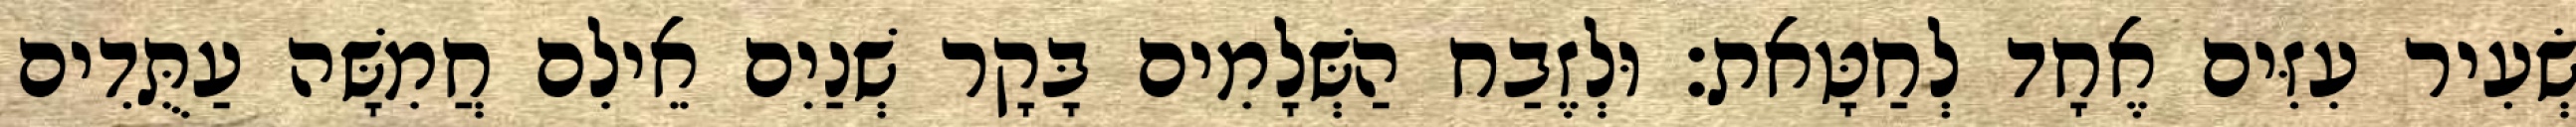
שְׂעִיר עִזִּים אֶחָד לְחַטָּאת׃ וּלְזֶבַח הַשְּׁלָמִים בָּקָר שְׁנַיִם אֵילִם חֲמִשָּׁה עַתֻּדִים